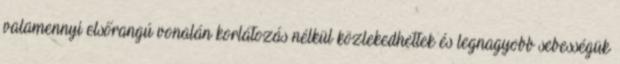
valamennyi elsőrangú vonalán korlátozás nélkül közlekedhettek és legnagyobb sebességük